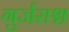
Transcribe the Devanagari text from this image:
गुर्जराश्च